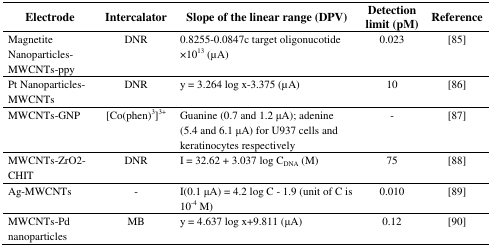
<table><thead><tr><td><b>Electrode</b></td><td><b>Intercalator</b></td><td><b>Slope of the linear range (DPV)</b></td><td><b>Detection limit (pM)</b></td><td><b>Reference</b></td></tr></thead><tbody><tr><td>Magnetite Nanoparticles- MWCNTs-ppy</td><td>DNR</td><td>0.8255-0.0847c target oligonucotide ×10<sup>13</sup> (μA)</td><td>0.023</td><td>[85]</td></tr><tr><td>Pt Nanoparticles-MWCNTs</td><td>DNR</td><td>y = 3.264 log x-3.375 (μA)</td><td>10</td><td>[86]</td></tr><tr><td>MWCNTs-GNP</td><td>[Co(phen)<sup>3</sup>]<sup>3+</sup></td><td>Guanine (0.7 and 1.2 μA); adenine (5.4 and 6.1 μA) for U937 cells and keratinocytes respectively</td><td>-</td><td>[87]</td></tr><tr><td>MWCNTs-ZrO2-CHIT</td><td>DNR</td><td>I = 32.62 + 3.037 log C<sub>DNA</sub> (M)</td><td>75</td><td>[88]</td></tr><tr><td>Ag-MWCNTs</td><td>-</td><td>I(0.1 μA) = 4.2 log C - 1.9 (unit of C is 10<sup>-4</sup> M)</td><td>0.010</td><td>[89]</td></tr><tr><td>MWCNTs-Pd nanoparticles</td><td>MB</td><td>y = 4.637 log x+9.811 (μA)</td><td>0.12</td><td>[90]</td></tr></tbody></table>